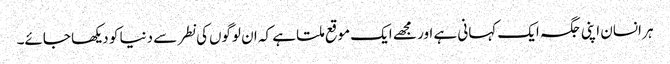
ہر انسان اپنی جگہ ایک کہانی ہے اور مجھے ایک موقع ملتا ہے کہ ان لوگوں‌کی نطر سے دنیا کو دیکھا جائے۔